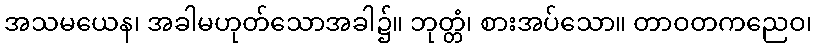
အသမယေန၊ အခါမဟုတ်သောအခါ၌။ ဘုတ္တံ၊ စားအပ်သော။ တာဝတကညေဝ၊